65_HS1-834228961_62-HQ-83894_Section_6
Agency: FBI
Page 30
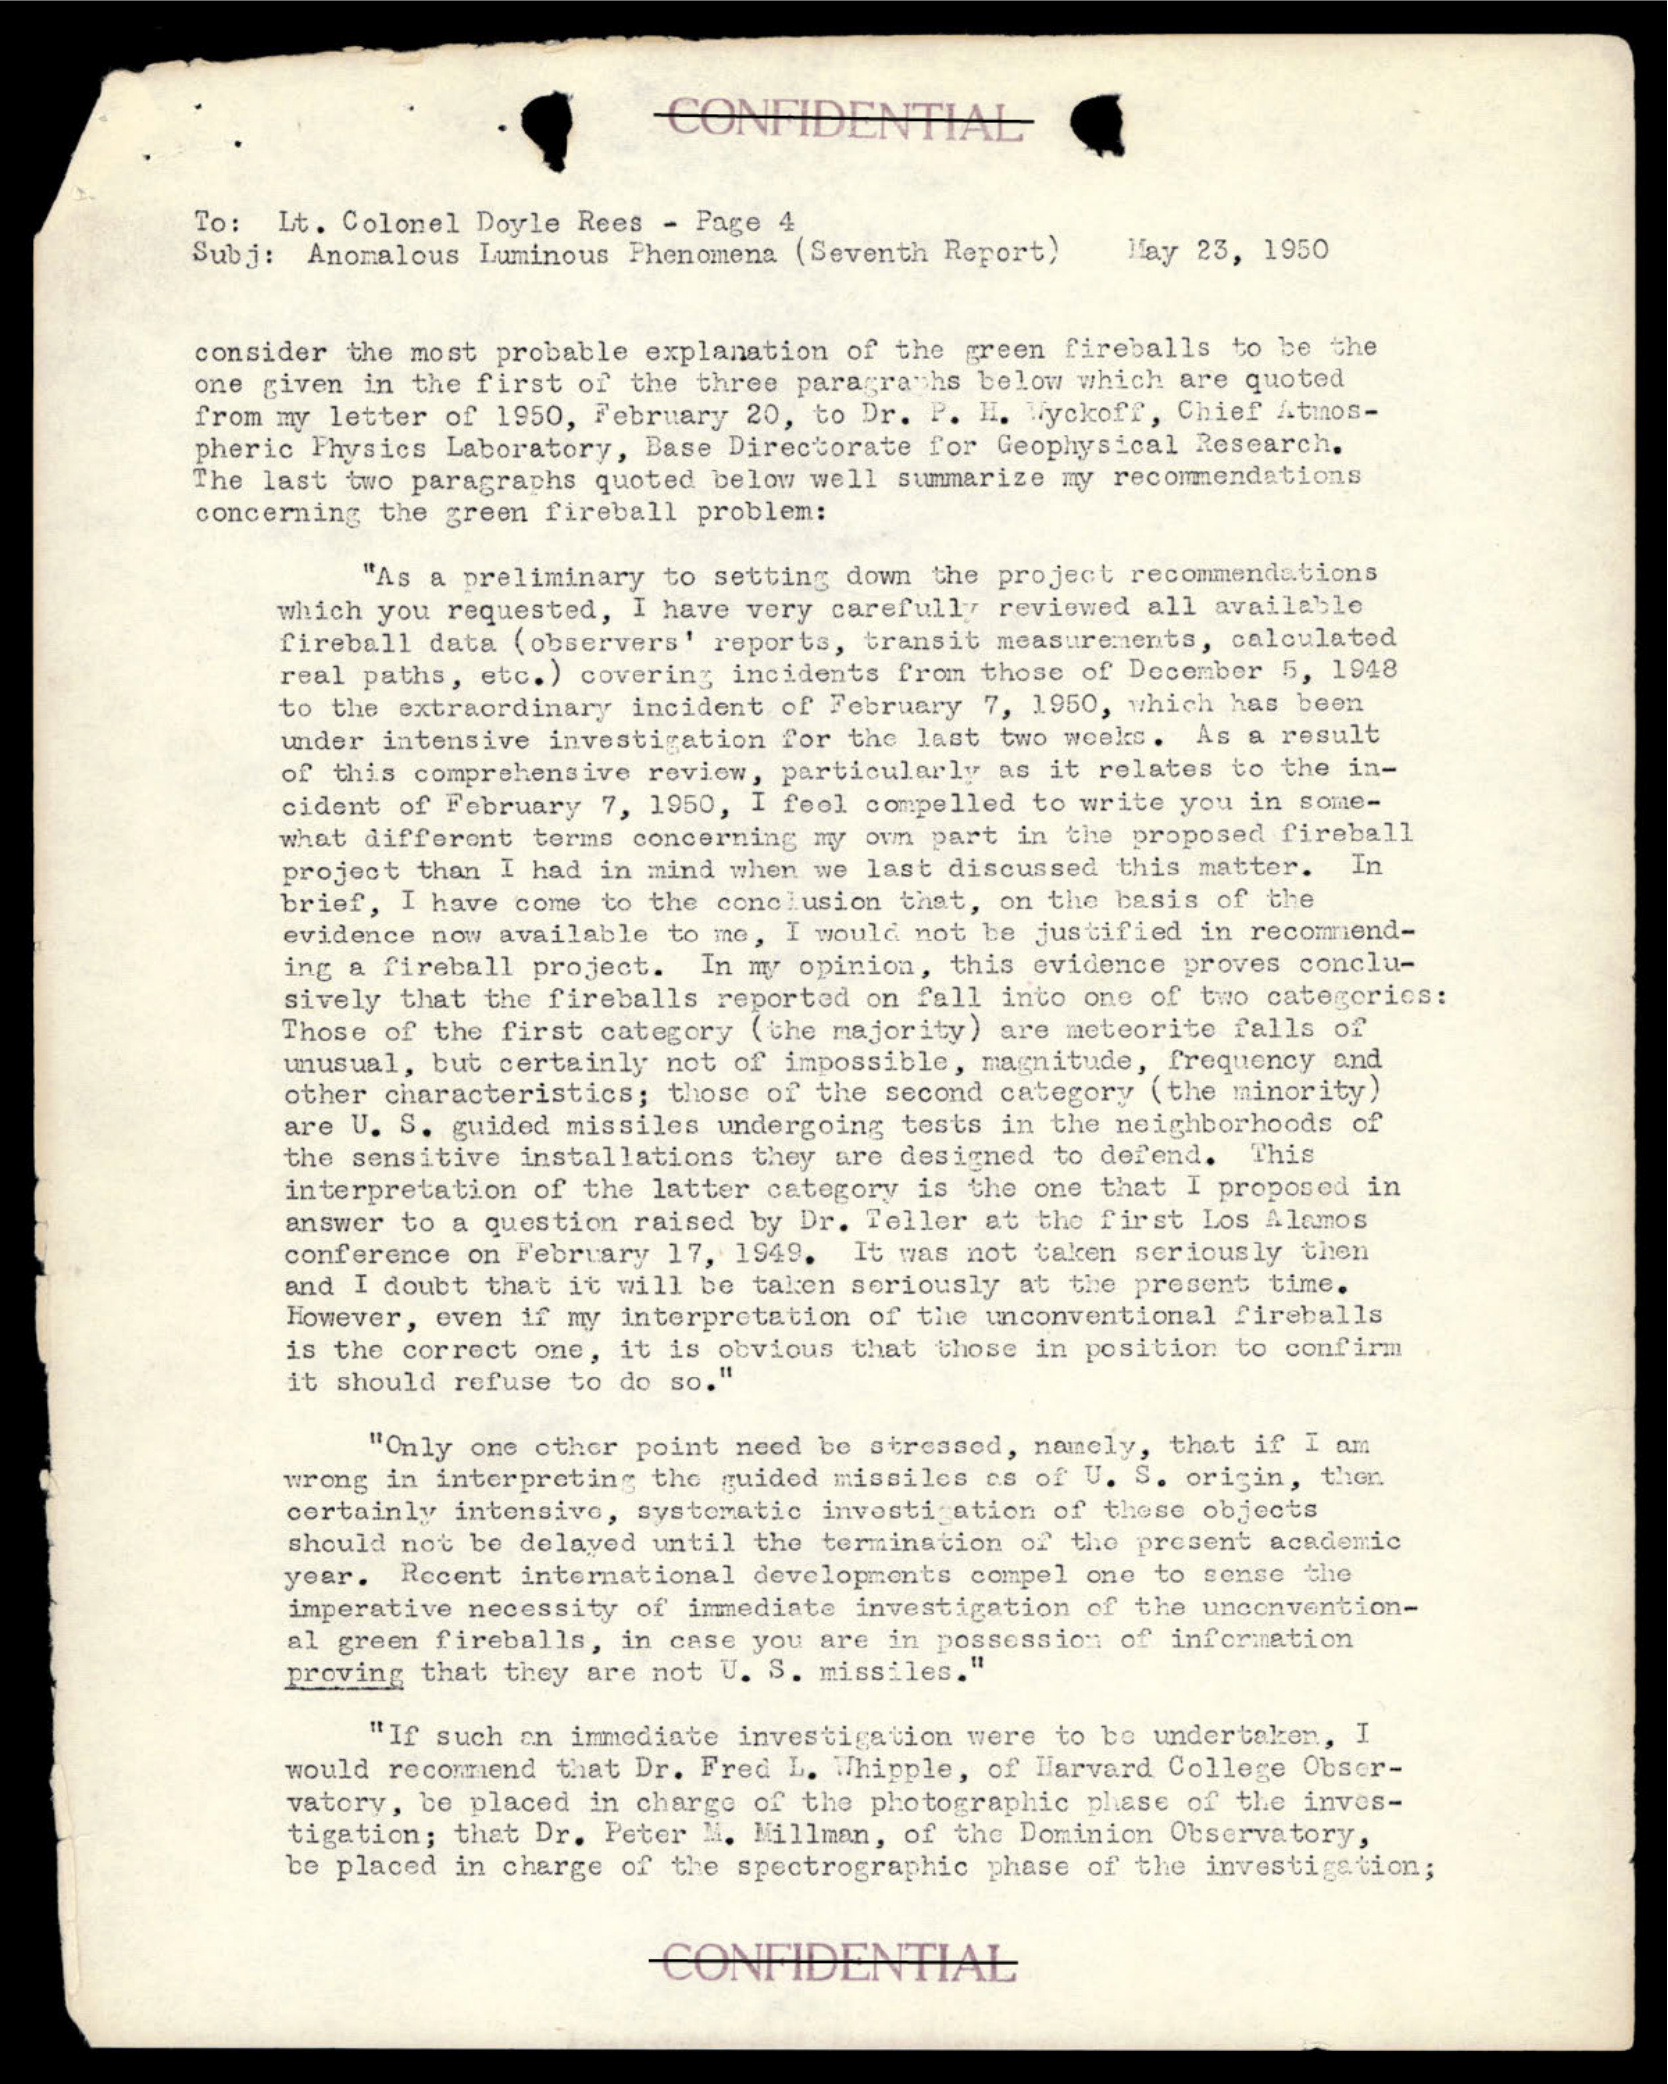